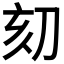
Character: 𠛳